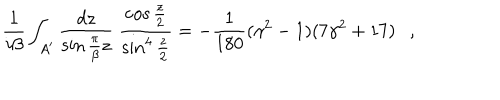
LaTeX: { \frac { 1 } { i \beta } } \int _ { A ^ { \prime } } { \frac { d z } { \sin { \frac { \pi } { \beta } } z } } ~ { \frac { \cos \frac z 2 } { \sin ^ { 4 } \frac z 2 } } = - { \frac { 1 } { 1 8 0 } } ( \gamma ^ { 2 } - 1 ) ( 7 \gamma ^ { 2 } + 1 7 ) ,